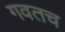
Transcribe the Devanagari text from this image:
गवतच